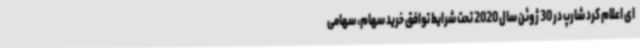
ای اعلام کرد شارپ در 30 ژوئن سال 2020 تحت شرایط توافق خرید سهام، سهامی